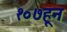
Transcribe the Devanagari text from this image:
१०७हून